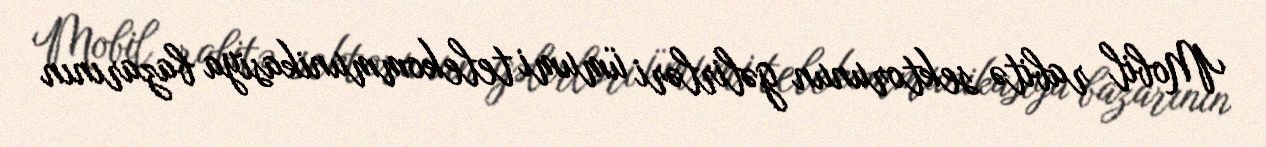
Mobil rabitə sektorunun gəlirləri ümumi telekommunikasiya bazarının